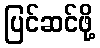
ပြင်ဆင်ဖို့